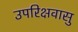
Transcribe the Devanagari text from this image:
उपरिक्षवासु